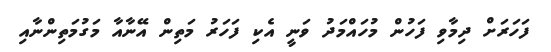
ފަހަރަށް ދިމާވި ފަހުން މުހައްމަދު ވަނީ އެކި ފަހަރު މަތިން އޭނާއާ މަގުމަތިންނާއި